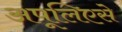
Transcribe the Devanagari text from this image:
अपूलिएसे